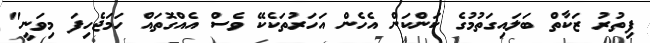
ފިތުރު ޒަކާތް ބަލައިގަތުމުގެ ކަންކަން އެހެން އަހަރުތަކެކޭ ވެސް އެއްގޮތައް ހަމަޖެހިފަ މިވަނީ"